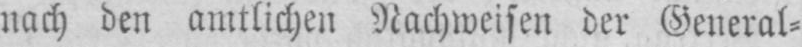
nach den amtlichen Nachweisen der General⸗